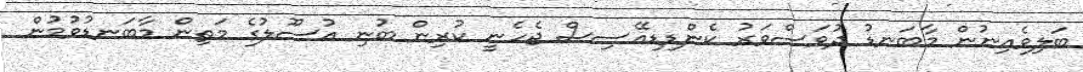
ބަލިވެއިނުން މާބަނޑު ދުވަސްވަރު ކެންޑިޑިއޭސިސް ޖެހެނީ ކުރިން ބުނި އުސޫލުގެ މަތިން މާބަނޑުވުމުން